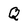
Character: Q